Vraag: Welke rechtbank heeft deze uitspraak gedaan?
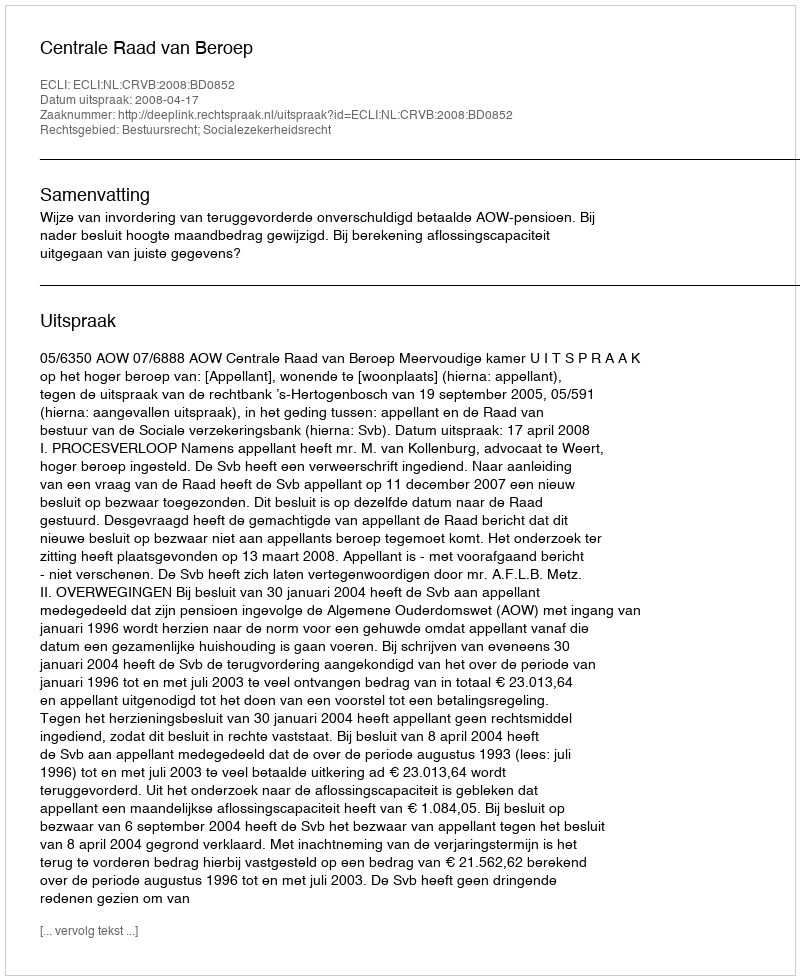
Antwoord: Centrale Raad van Beroep